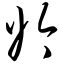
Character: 妗